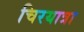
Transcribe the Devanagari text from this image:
चिरयात्रा